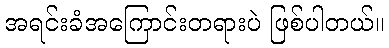
အရင်းခံအကြောင်းတရားပဲ ဖြစ်ပါတယ်။